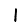
Digit: 1